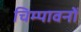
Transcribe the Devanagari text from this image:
चिम्पावनों